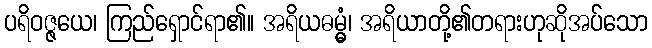
ပရိဝဇ္ဇယေ၊ ကြည်ရှောင်ရာ၏။ အရိယဓမ္မွံ၊ အရိယာတို့၏တရားဟုဆိုအပ်သော